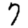
Digit: 7